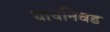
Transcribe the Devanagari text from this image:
याचनिवड